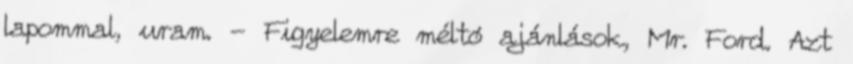
lapommal, uram. - Figyelemre méltó ajánlások, Mr. Ford. Azt